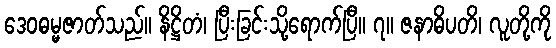
ဒေဝဓမ္မဇာတ်သည်။ နိဋ္ဌိတံ၊ ပြီးခြင်းသို့ရောက်ပြီ။ ၇။ ဇနာဓိပတိ၊ လူတို့ကို